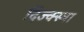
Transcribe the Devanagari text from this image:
दिज्क्स्त्रा